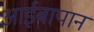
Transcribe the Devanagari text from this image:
आईबापानं